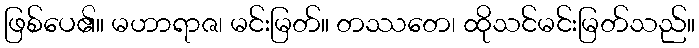
ဖြစ်ပေ၏။ မဟာရာဇ၊ မင်းမြတ်။ တဿတေ၊ ထိုသင်မင်းမြတ်သည်။